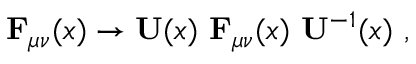
{ \bf F } _ { \mu \nu } ( x ) \to { \bf U } ( x ) \ { \bf F } _ { \mu \nu } ( x ) \ { \bf U } ^ { - 1 } ( x ) ~ ,